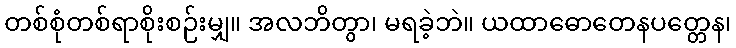
တစ်စုံတစ်ရာစိုးစဉ်းမျှ။ အလဘိတွာ၊ မရခဲ့ဘဲ။ ယထာဓောတေနပတ္တေန၊